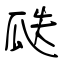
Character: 瓞